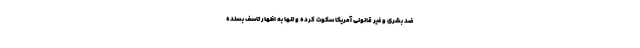
ضد بشری و غیر قانونی آمریکا سکوت کرده و تنها به اظهار تاسف بسنده